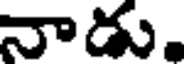
నాడు.